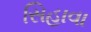
સિહાવા